342_HS1-416511228_319.1 Flying Discs 1949
Agency: Department of War
Incident date: 1/9/50
Page 121
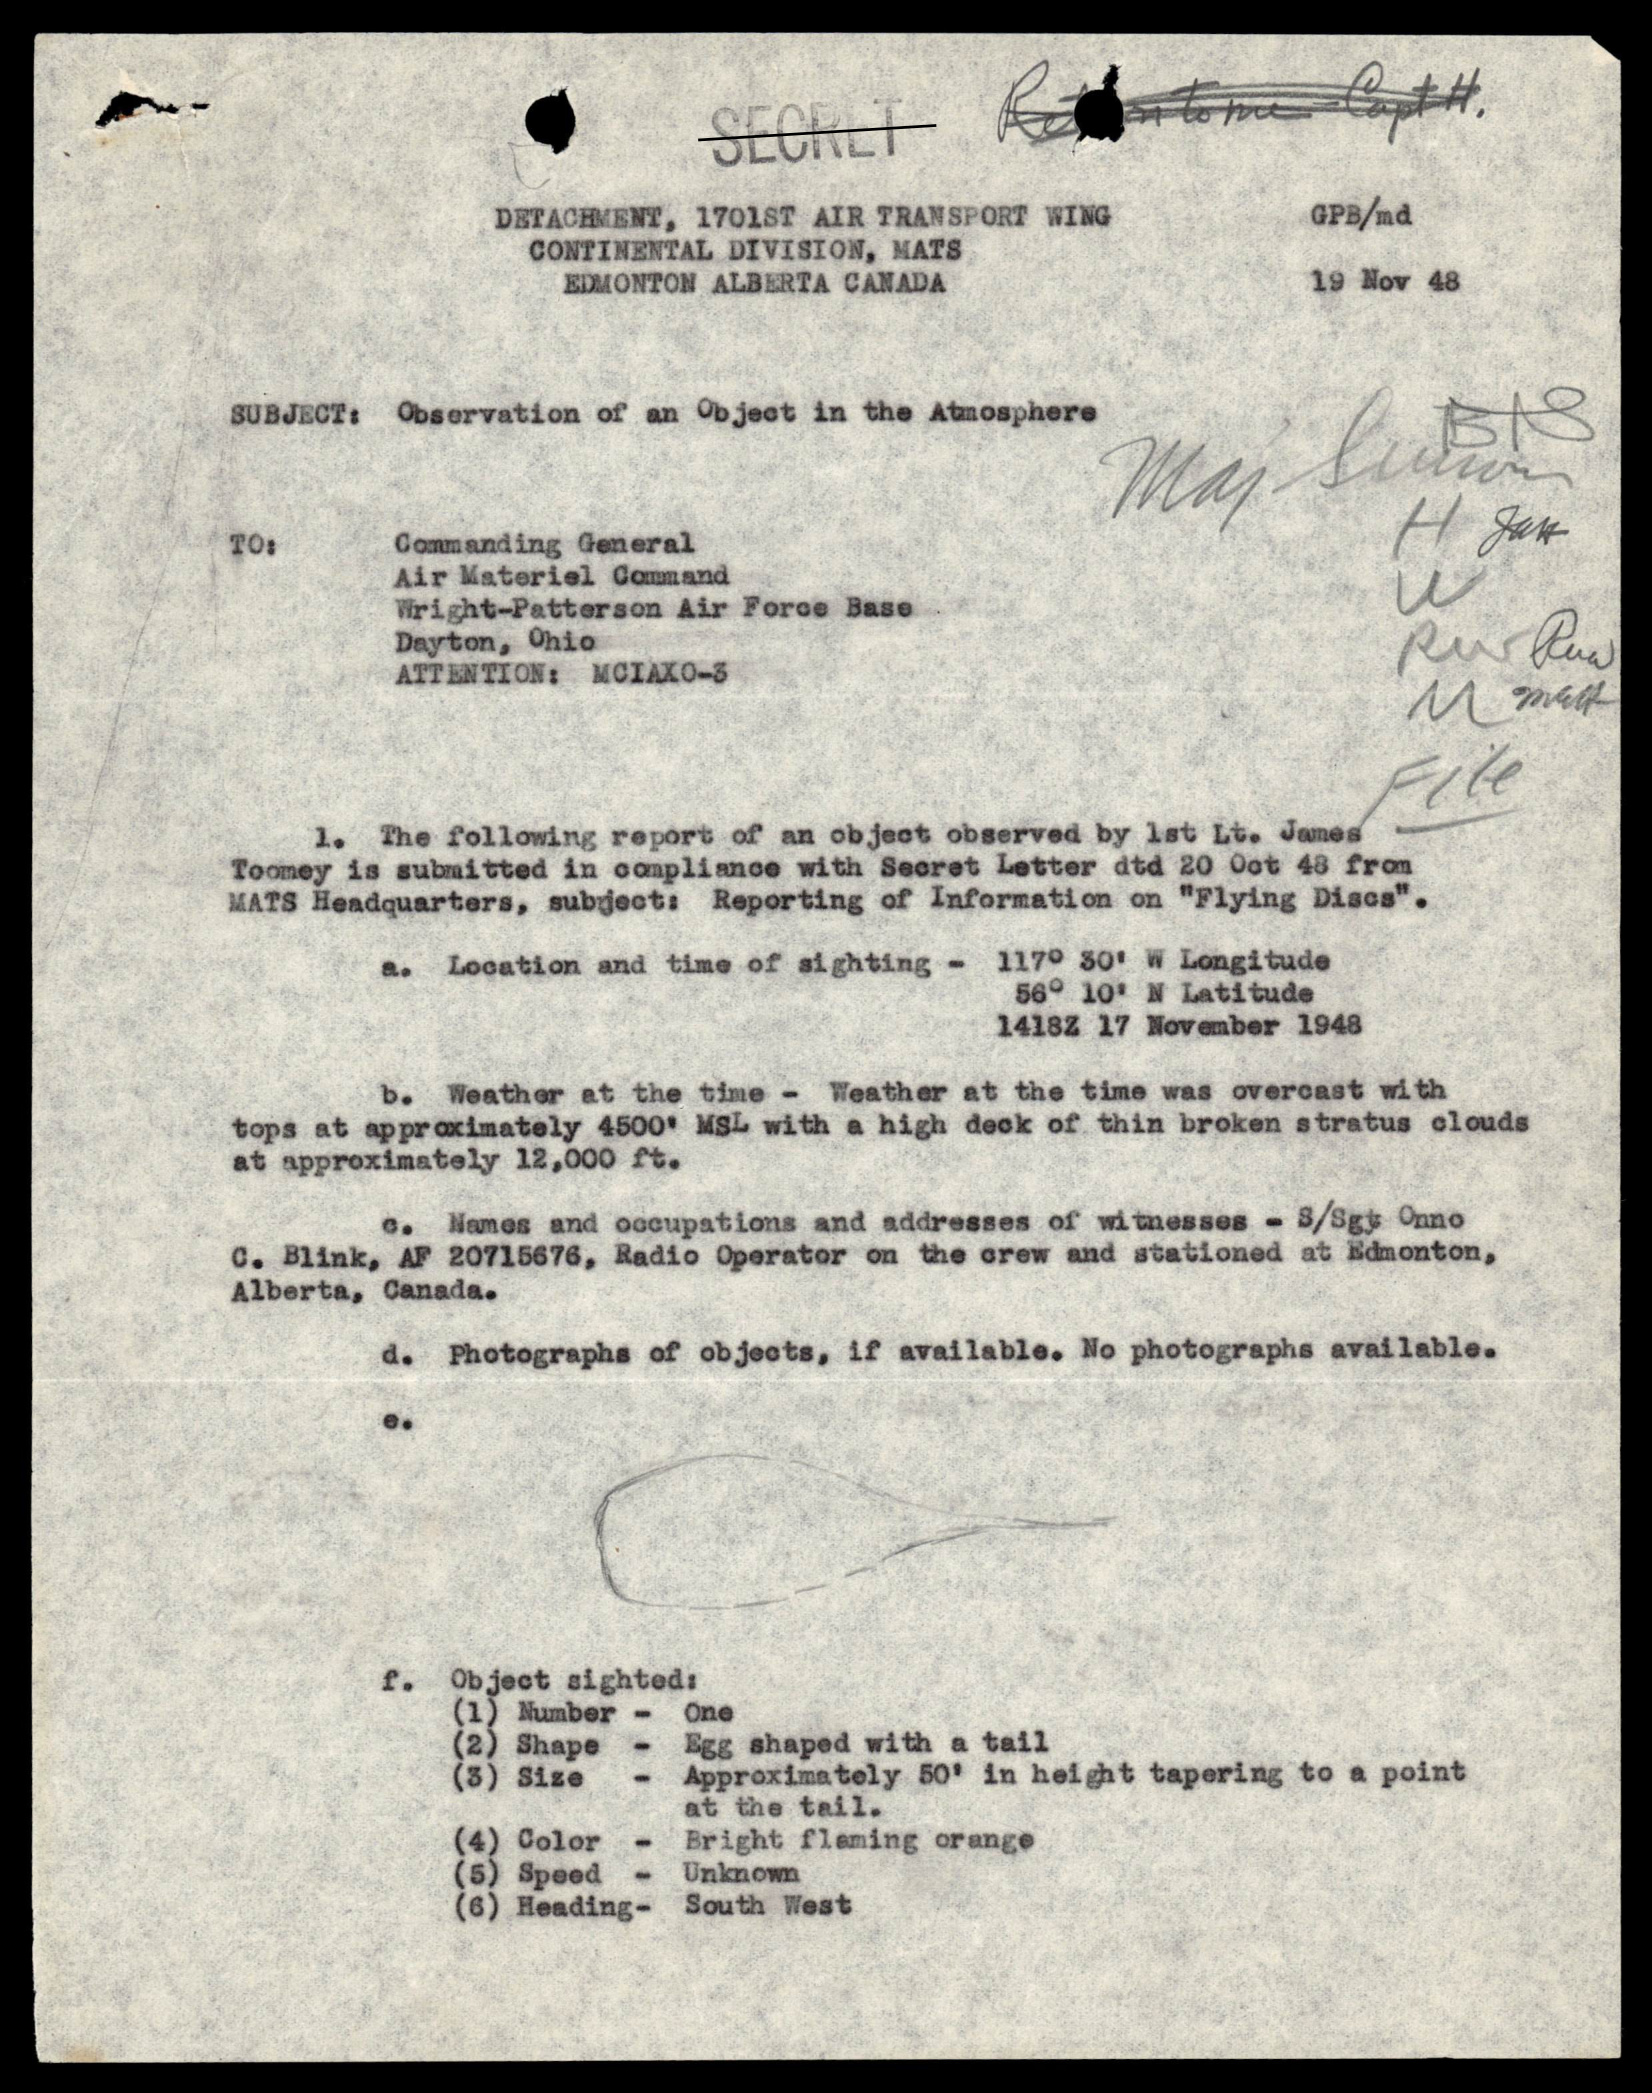